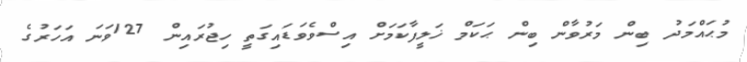
މުޙައްމަދު ބިން މަރުވާން ބިން ޙަކަމް ޚަލީފާކަމަށް އިސްވެވަޑައިގަތީ ހިޖުރައިން 127ވަނަ އަހަރުގެ